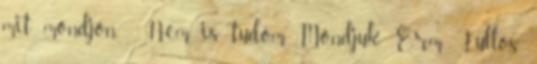
mit mondjon. - Nem is tudom. Mondjuk. Erm. Fullos